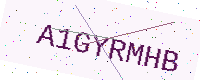
Text: A1GYRMHB